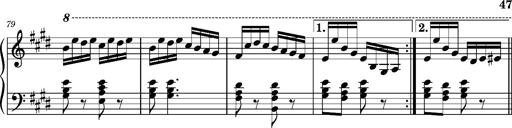
Title: Ungarischer Romanzero
Composer: Franz Liszt